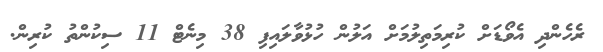
ރެހެންދި އެވޯޑަށް ކުރިމަތިލުމަށް އަލުން ހުޅުވާލައިފި 38 މިނެޓް 11 ސިކުންތު ކުރިން.